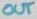
Text: OUT